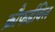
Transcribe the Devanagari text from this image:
क्रौफर्डविल